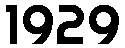
1929